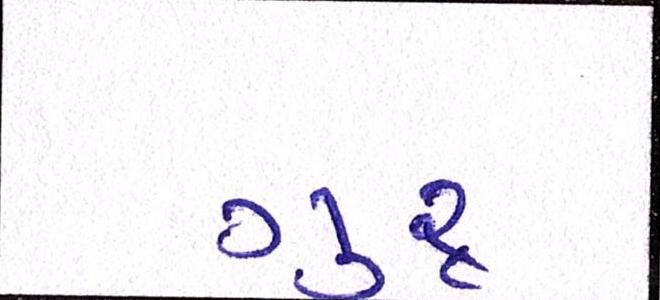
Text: ગુરૃ